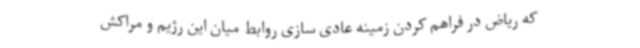
که ریاض در فراهم کردن زمینه عادی سازی روابط میان این رژیم و مراکش